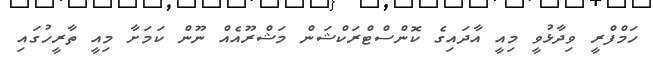
ހަމްފްރީ ވިދާޅުވީ މިއީ އާދައިގެ ކޮންސްޓްރަކްޝަން މަޝްރޫއެއް ނޫން ކަމަށާ މިއީ ތާރީހުގައި